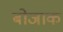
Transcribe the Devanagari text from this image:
बोजाक